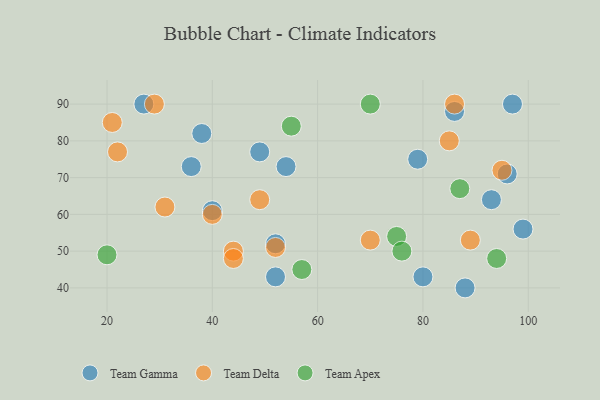
{"axis": {"x": "GDP", "y": "Life Expectancy"}, "legend": ["Team Apex", "Team Delta", "Team Gamma"], "data": [{"x": "88", "y": 40, "type": "Team Gamma"}, {"x": "49", "y": 77, "type": "Team Gamma"}, {"x": "36", "y": 73, "type": "Team Gamma"}, {"x": "80", "y": 43, "type": "Team Gamma"}, {"x": "86", "y": 88, "type": "Team Gamma"}, {"x": "93", "y": 64, "type": "Team Gamma"}, {"x": "52", "y": 43, "type": "Team Gamma"}, {"x": "40", "y": 61, "type": "Team Gamma"}, {"x": "27", "y": 90, "type": "Team Gamma"}, {"x": "99", "y": 56, "type": "Team Gamma"}, {"x": "79", "y": 75, "type": "Team Gamma"}, {"x": "38", "y": 82, "type": "Team Gamma"}, {"x": "96", "y": 71, "type": "Team Gamma"}, {"x": "97", "y": 90, "type": "Team Gamma"}, {"x": "54", "y": 73, "type": "Team Gamma"}, {"x": "52", "y": 52, "type": "Team Gamma"}, {"x": "29", "y": 90, "type": "Team Delta"}, {"x": "44", "y": 50, "type": "Team Delta"}, {"x": "40", "y": 60, "type": "Team Delta"}, {"x": "52", "y": 51, "type": "Team Delta"}, {"x": "70", "y": 53, "type": "Team Delta"}, {"x": "31", "y": 62, "type": "Team Delta"}, {"x": "85", "y": 80, "type": "Team Delta"}, {"x": "44", "y": 48, "type": "Team Delta"}, {"x": "21", "y": 85, "type": "Team Delta"}, {"x": "22", "y": 77, "type": "Team Delta"}, {"x": "49", "y": 64, "type": "Team Delta"}, {"x": "89", "y": 53, "type": "Team Delta"}, {"x": "86", "y": 90, "type": "Team Delta"}, {"x": "95", "y": 72, "type": "Team Delta"}, {"x": "87", "y": 67, "type": "Team Apex"}, {"x": "75", "y": 54, "type": "Team Apex"}, {"x": "57", "y": 45, "type": "Team Apex"}, {"x": "20", "y": 49, "type": "Team Apex"}, {"x": "76", "y": 50, "type": "Team Apex"}, {"x": "55", "y": 84, "type": "Team Apex"}, {"x": "70", "y": 90, "type": "Team Apex"}, {"x": "94", "y": 48, "type": "Team Apex"}]}